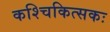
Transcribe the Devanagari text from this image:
कश्चिकित्सकः